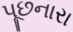
પૂછનારા